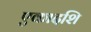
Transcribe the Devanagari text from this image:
एकादशि